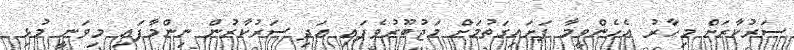
ސަރުކާރަށް މިހާރު އެހެންވީމާ ފަށައިގަތުމަށް މަޖުބޫރުވެފައި އަދި ސަރުކާރުން ނިންމާފައި މިވަނީ މުޅި